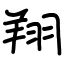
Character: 翔